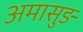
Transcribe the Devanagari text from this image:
अमासुङ